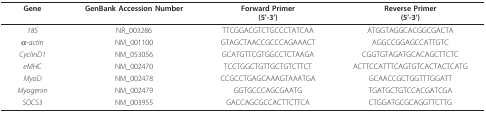
<table><thead><tr><td><b>Gene</b></td><td><b>GenBank Accession Number</b></td><td><b>Forward Primer(5&#x27;-3&#x27;)</b></td><td><b>Reverse Primer(5&#x27;-3&#x27;)</b></td></tr></thead><tbody><tr><td><i>18S</i></td><td>NR_003286</td><td>TTCGGACGTCTGCCCTATCAA</td><td>ATGGTAGGCACGGCGACTA</td></tr><tr><td><i>α-actin</i></td><td>NM_001100</td><td>GTAGCTAACCGCCCAGAAACT</td><td>AGGCCGGAGCCATTGTC</td></tr><tr><td><i>CyclinD1</i></td><td>NM_053056</td><td>GCATGTTCGTGGCCTCTAAGA</td><td>CGGTGTAGATGCACAGCTTCTC</td></tr><tr><td><i>eMHC</i></td><td>NM_002470</td><td>TCCTGGCTGTTGCTGTCTTCT</td><td>ACTTCCATTTCAGTGTCACTACTCATG</td></tr><tr><td><i>MyoD</i></td><td>NM_002478</td><td>CCGCCTGAGCAAAGTAAATGA</td><td>GCAACCGCTGGTTTGGATT</td></tr><tr><td><i>Myogenin</i></td><td>NM_002479</td><td>GGTGCCCAGCGAATG</td><td>TGATGCTGTCCACGATCGA</td></tr><tr><td><i>SOCS3</i></td><td>NM_003955</td><td>GACCAGCGCCACTTCTTCA</td><td>CTGGATGCGCAGGTTCTTG</td></tr></tbody></table>